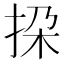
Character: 挅